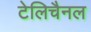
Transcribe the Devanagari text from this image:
टेलिचैनल